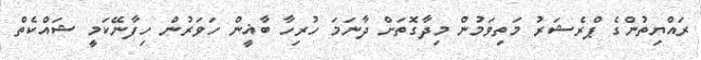
ރައްޔިތުންގެ ޕްރެޝަރު މަތިވަމުން މިދާގޮތަށް ދާނަމަ ހުރިހާ ބާޣީން ހަވަރުން ހިފާނޭކަމީ ޝައްކެތް